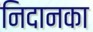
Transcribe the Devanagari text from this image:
निदानका